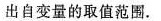
出自变量的取值范围.